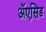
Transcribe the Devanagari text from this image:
ॲएसिड